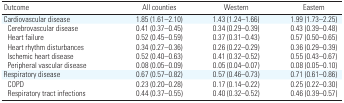
<table><thead><tr><td><b>Outcome</b></td><td><b>All counties</b></td><td><b>Western</b></td><td><b>Eastern</b></td></tr></thead><tbody><tr><td><b>Cardiovascular disease</b></td><td>1.85 (1.61–2.10)</td><td>1.43 (1.24–1.66)</td><td>1.99 (1.73–2.25)</td></tr><tr><td><b>Cerebrovascular disease</b></td><td>0.41 (0.37–0.45)</td><td>0.34 (0.29–0.39)</td><td>0.43 (0.39–0.48)</td></tr><tr><td><b>Heart failure</b></td><td>0.52 (0.45–0.59)</td><td>0.37 (0.31–0.43)</td><td>0.57 (0.50–0.65)</td></tr><tr><td><b>Heart rhythm disturbances</b></td><td>0.34 (0.27–0.36)</td><td>0.26 (0.22–0.29)</td><td>0.36 (0.29–0.39)</td></tr><tr><td><b>Ischemic heart disease</b></td><td>0.52 (0.40–0.63)</td><td>0.41 (0.32–0.52)</td><td>0.55 (0.43–0.67)</td></tr><tr><td><b>Peripheral vascular disease</b></td><td>0.08 (0.05–0.09)</td><td>0.05 (0.04–0.07)</td><td>0.08 (0.05–0.10)</td></tr><tr><td><b>Respiratory disease</b></td><td>0.67 (0.57–0.82)</td><td>0.57 (0.46–0.73)</td><td>0.71 (0.61–0.86)</td></tr><tr><td><b>COPD</b></td><td>0.23 (0.20–0.28)</td><td>0.17 (0.14–0.22)</td><td>0.25 (0.22–0.30)</td></tr><tr><td><b>Respiratory tract infections</b></td><td>0.44 (0.37–0.55)</td><td>0.40 (0.32–0.52)</td><td>0.46 (0.39–0.57)</td></tr></tbody></table>